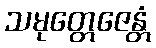
သမုတ္တေဇေန္တံ